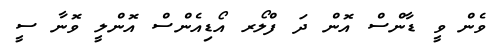
ވެން ވީ ޑާންސް އޮން ދަ ފްލޯރ އޯޑިއެންސް އޮންލީ ވޮނާ ސީ